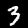
Digit: 3